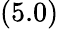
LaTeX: (5.0)